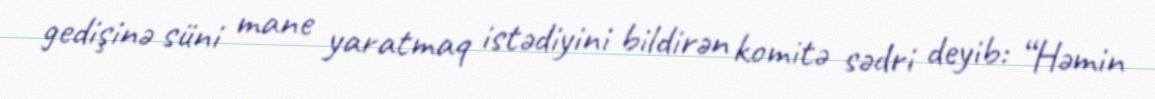
gedişinə süni mane yaratmaq istədiyini bildirən komitə sədri deyib: “Həmin